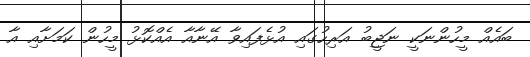
ބައެއް މީހުންނަކީ ނަޖީބު އަރިހުގައި އުޅެފައިވާ އޭނާއާ އެއްކޮޅު މީހުން ކަމަށާއި އާ